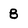
Character: 8